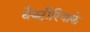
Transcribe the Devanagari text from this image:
बैक्टीरियाके